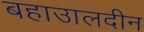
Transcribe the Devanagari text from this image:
बहाउालदीन